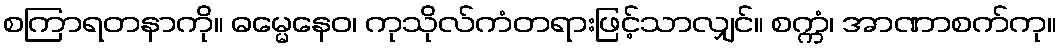
စကြာရတနာကို။ ဓမ္မေနေဝ၊ ကုသိုလ်ကံတရားဖြင့်သာလျှင်။ စက္ကံ၊ အာဏာစက်ကု။